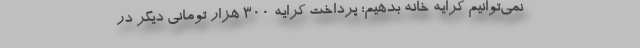
نمی‌توانیم کرایه خانه بدهیم؛ پرداختِ کرایه ۳۰۰ هزار تومانی دیگر در